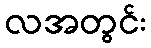
လအတွင်း